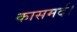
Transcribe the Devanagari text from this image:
कासमर्द।